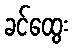
ခင်ထွေး